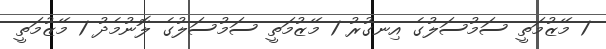
1 މޭޒުމަތީ ސަމުސަލުގެ އިނގުރު 1 މޭޒުމަތީ ސަމުސަލުގެ ލޮނުމެދު 1 މޭޒުމަތީ